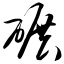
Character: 碾